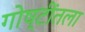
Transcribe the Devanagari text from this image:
गोष्टींतला